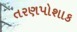
તરણપોશાક